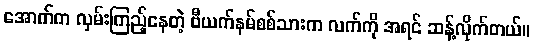
အောက်က လှမ်းကြည့်နေတဲ့ ဗီယက်နမ်စစ်သားက လက်ကို အရင် ဆန့်လိုက်တယ်။